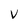
Character: v